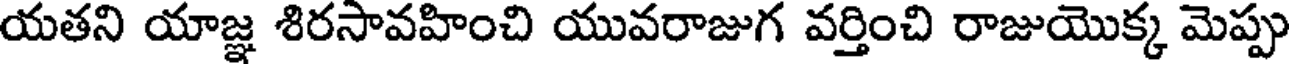
యతని యాజ్ఞ శిరసావహించి యువరాజుగ వర్తించి రాజుయొక్క మెప్పు